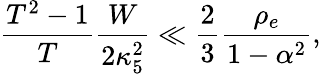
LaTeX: \frac{T^{2}-1}{T}\frac{W}{2\kappa_{5}^{2}}\ll\frac{2}{3}\frac{\rho_{e}}{1-\alpha^{2}},